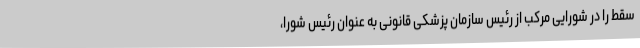
سقط را در شورایی مرکب از رئیس سازمان پزشکی قانونی به عنوان رئیس شورا،